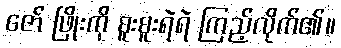
ဇော် ဖြိုးကို စူးစူးရဲရဲ ကြည့်လိုက်၏။